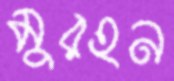
মুরহন